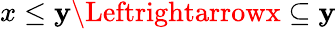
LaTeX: x\leq\mathbf{y}\Leftrightarrowx\subseteq\mathbf{y}